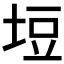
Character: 𭎞